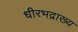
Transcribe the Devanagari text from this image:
धीरभद्राख्य